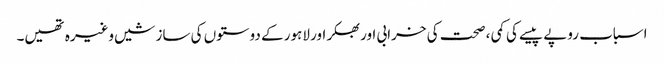
اسباب روپے پیسے کی کمی ، صحت کی خرابی اور بھکر اور لاہور کے دوستوں کی سازشیں وغیرہ تھیں۔